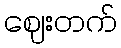
ဈေးတက်